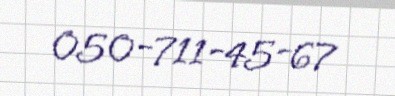
050-711-45-67